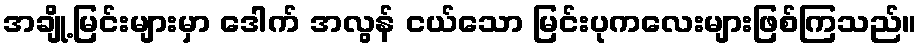
အချို့မြင်းများမှာ ဒေါက် အလွန် ငယ်သော မြင်းပုကလေးများဖြစ်ကြသည်။